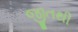
જીતથી